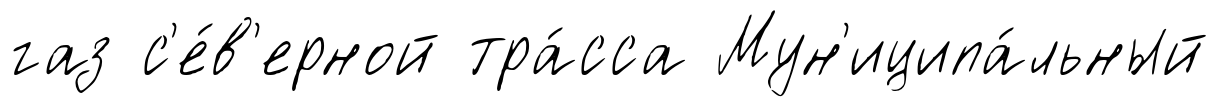
газ с'е́в'ерной тра́сса Мун'иципа́льный